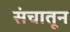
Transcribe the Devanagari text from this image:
संचातून